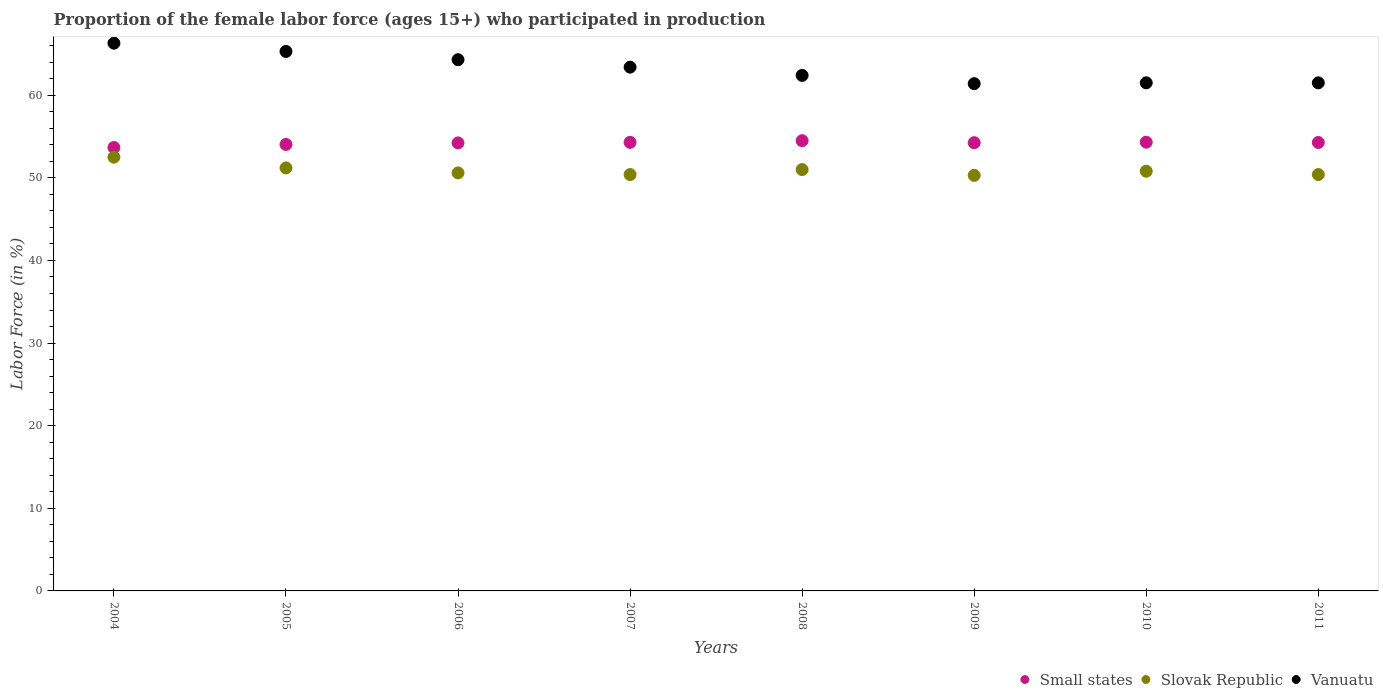
| Years | Small states | Slovak Republic | Vanuatu |
 | --- | --- | --- | --- |
 | 2004 | 53.7 | 52.5 | 66.3 |
 | 2005 | 54 | 51.2 | 65.3 |
 | 2006 | 54.2 | 50.6 | 64.3 |
 | 2007 | 54.3 | 50.4 | 63.4 |
 | 2008 | 54.5 | 51 | 62.4 |
 | 2009 | 54.3 | 50.3 | 61.4 |
 | 2010 | 54.3 | 50.8 | 61.5 |
 | 2011 | 54.3 | 50.4 | 61.5 |